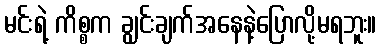
မင်းရဲ့ ကိစ္စက ချွင်းချက်အနေနဲ့ပြောလို့မရဘူး။